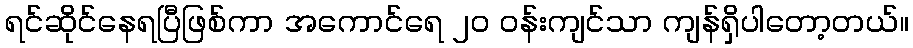
ရင်ဆိုင်နေရပြီဖြစ်ကာ အကောင်ရေ ၂၀ ဝန်းကျင်သာ ကျန်ရှိပါတော့တယ်။